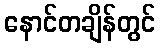
နောင်တချိန်တွင်